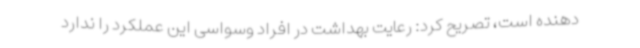
دهنده است، تصریح کرد: رعایت بهداشت در افراد وسواسی این عملکرد را ندارد